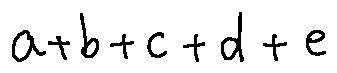
a + b + c + d + e